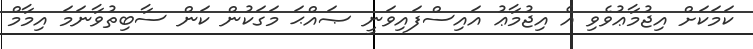
ކަމަކަށް އިޖުމާޢުވެވި އެ އިޖުމާޢު އައިސްފައިވަނީ ޞައްޙަ މަގަކުން ކަން ސާބިތުވާނަމަ އިމާމް